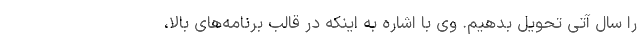
را سال آتی تحویل بدهیم. وی با اشاره به اینکه در قالب برنامه‌های بالا،